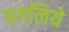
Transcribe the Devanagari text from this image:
पगलिये